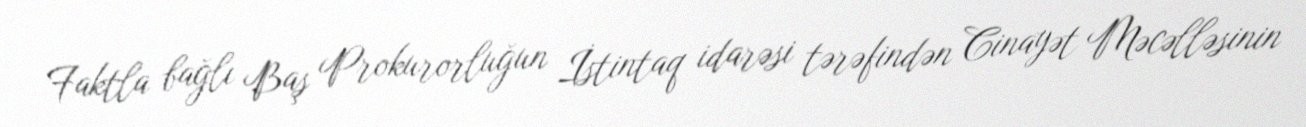
Faktla bağlı Baş Prokurorluğun İstintaq idarəsi tərəfindən Cinayət Məcəlləsinin